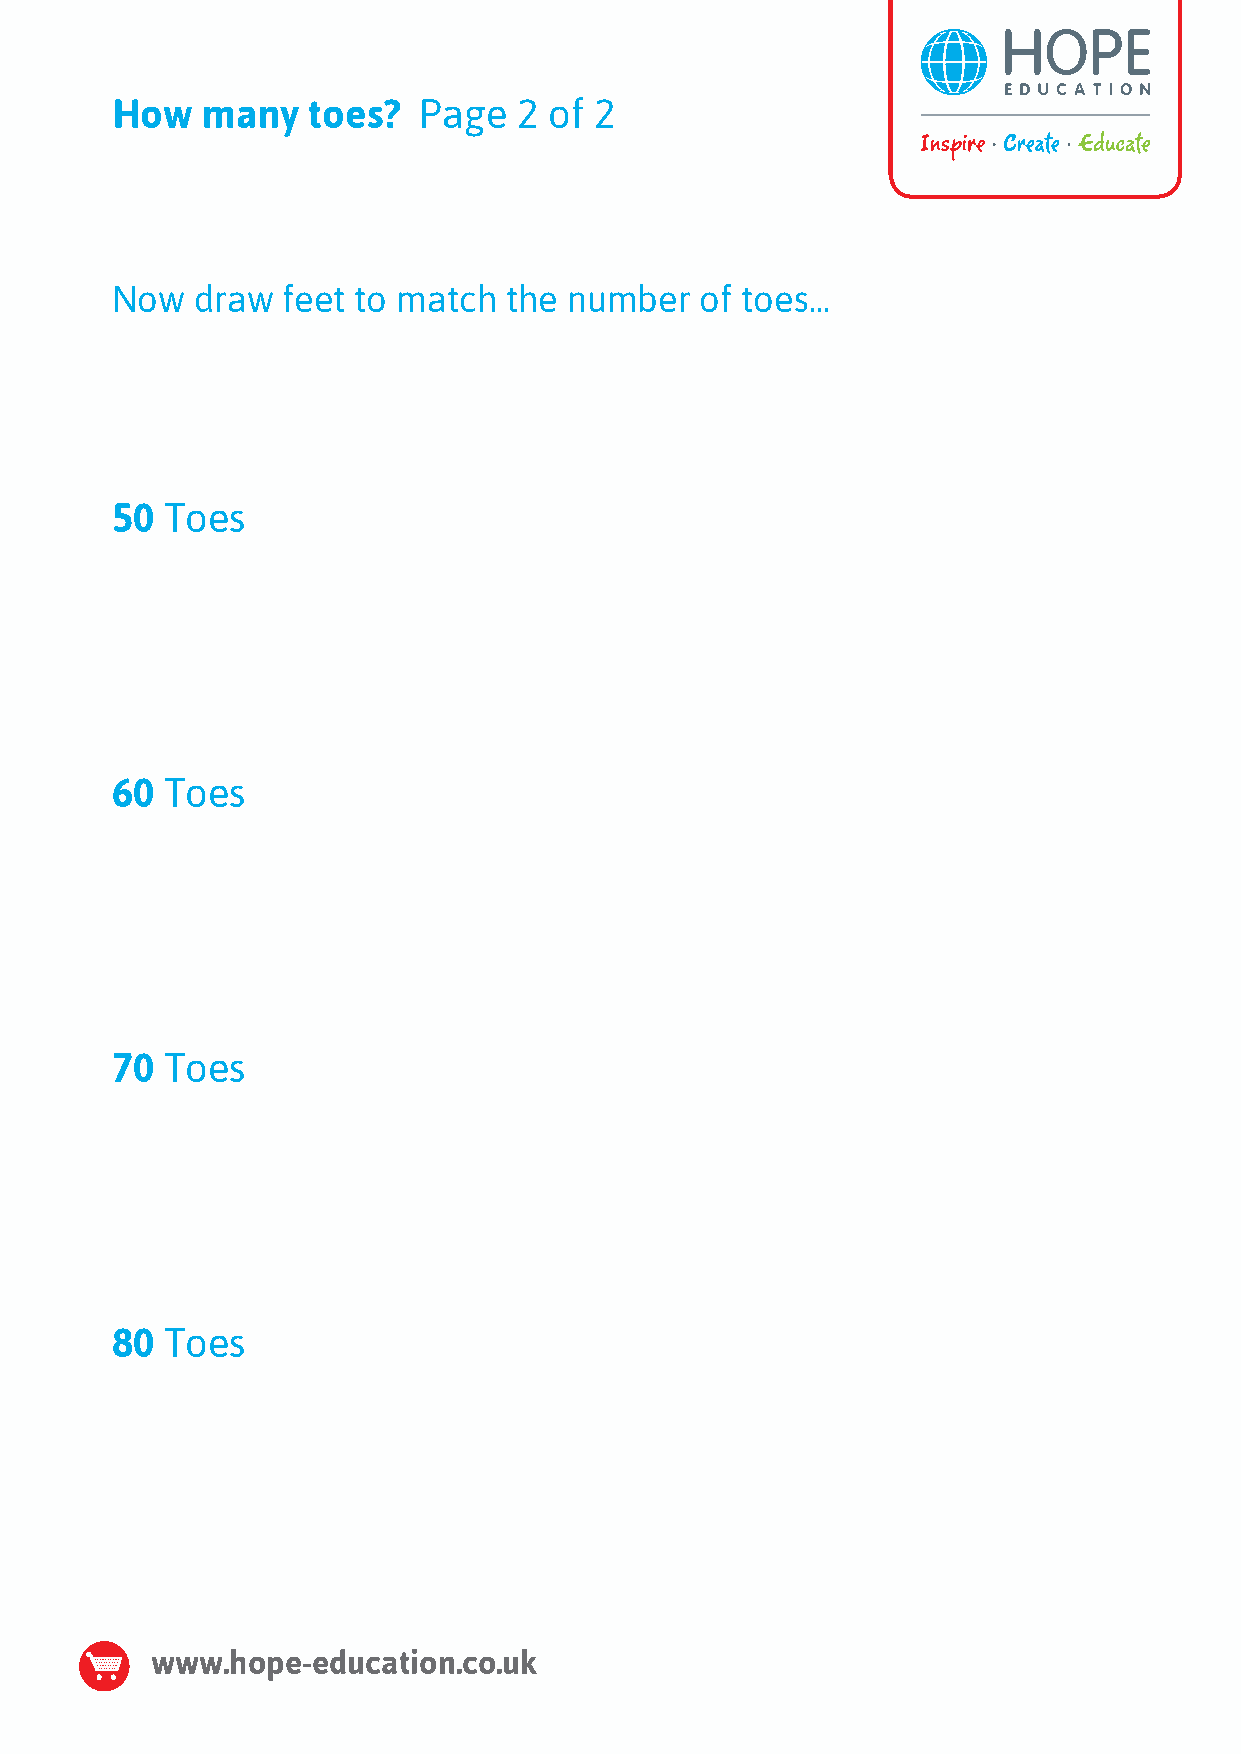
How   many   toes?   Page  2 of 2
 Now   draw  feet to match the  number  of toes...
 50  Toes
 60  Toes
 70  Toes
 80  Toes
 www.hope-education.co.uk